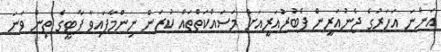
އަންނަ އަހަރުގެ ޖެނުއަރީން ފެބުރުއަރީއަށް މަސައްކަތްތައް ކުރަން ނިންމާފައިވާ ޕާޓީގެ ތިން ވަނަ